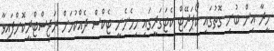
މީރާ އިން ބުނި ގޮތުގައި ކޯޕަރޭޓް ކެޓަގަރީގައި ހިމެނެނީ ޓެކްސް ދެއްކުމަށް ރަޖިސްޓްރީކޮށްފައިވާ